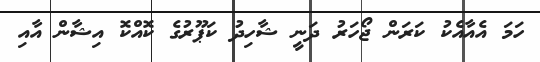
ހަމަ އެއާއެކު ކަރަން ޖޯހަރު ދަނީ ޝާހިދު ކަޕޫރުގެ ކޮއްކޮ އިޝާން އާއި